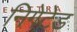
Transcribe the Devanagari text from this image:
निगेटेड